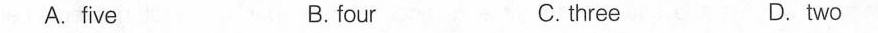
A.five B. four C.three D.two